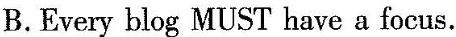
B.Every blog MUST have a focus.